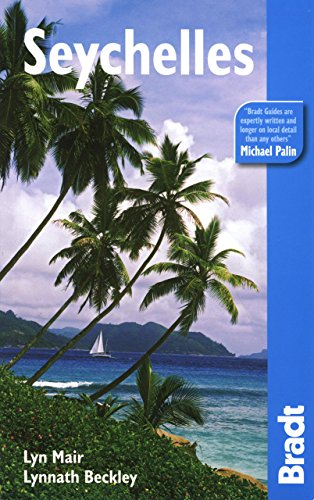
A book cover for Seychelles, 3rd (Bradt Travel Guide); Lyn Mair; Travel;